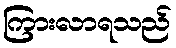
ကြားလာရသည်